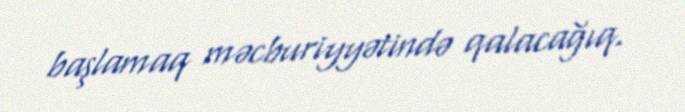
başlamaq məcburiyyətində qalacağıq.